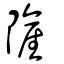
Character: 隡